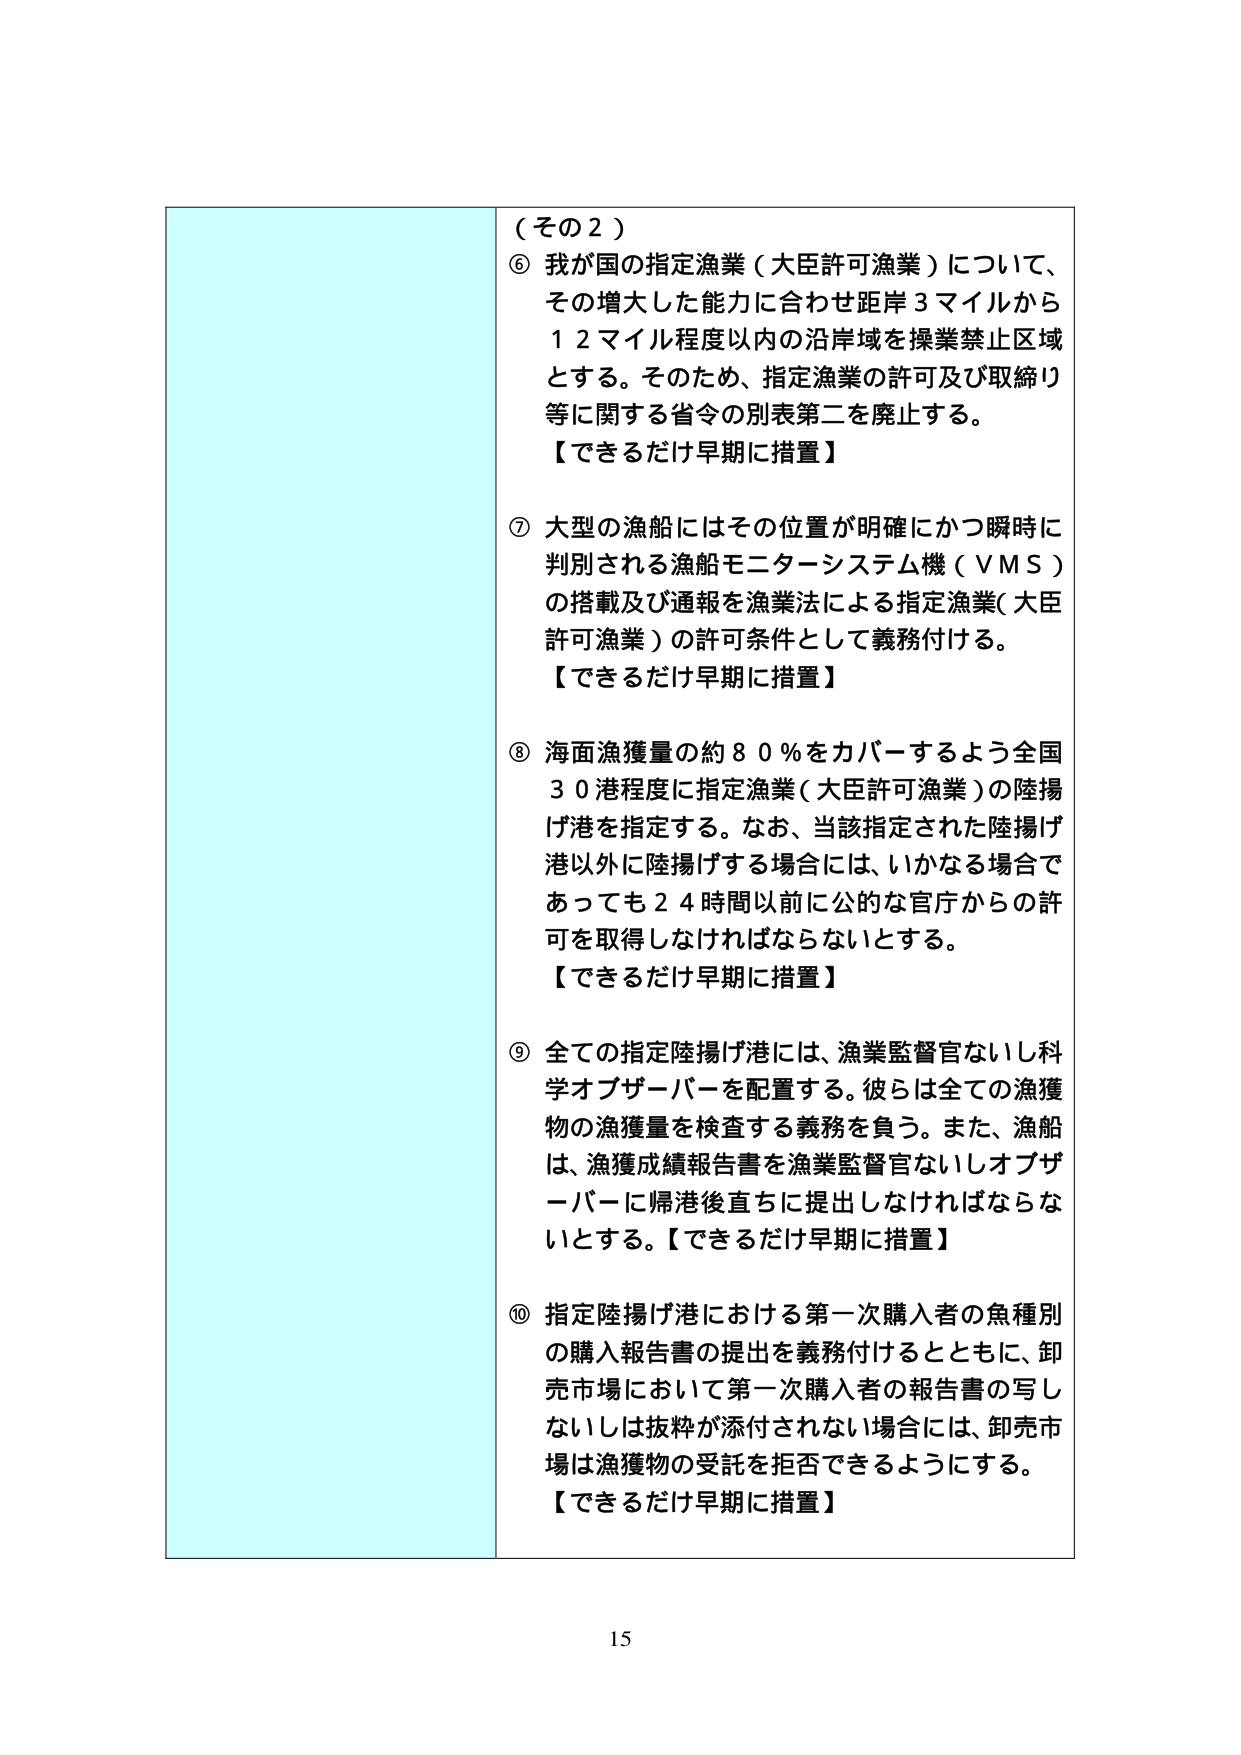
（その２）

⑥ 我が国の指定漁業（大臣許可漁業）について、その増大した能力に合わせ距岸３マイルから１２マイル程度以内の沿岸域を操業禁止区域とする。そのため、指定漁業の許可及び取締り等に関する省令の別表第二を廃止する。
【できるだけ早期に措置】

⑦ 大型の漁船にはその位置が明確にかつ瞬時に判別される漁船モニターシステム機（ＶＭＳ）の搭載及び通報を漁業法による指定漁業（大臣許可漁業）の許可条件として義務付ける。
【できるだけ早期に措置】

⑧ 海面漁獲量の約８０％をカバーするよう全国３０港程度に指定漁業（大臣許可漁業）の陸揚げ港を指定する。なお、当該指定された陸揚げ港以外に陸揚げする場合には、いかなる場合であっても２４時間以前に公的な官庁からの許可を取得しなければならないとする。
【できるだけ早期に措置】

⑨ 全ての指定陸揚げ港には、漁業監督官ないし科学オブザーバーを配置する。彼らは全ての漁獲物の漁獲量を検査する義務を負う。また、漁船は、漁獲成績報告書を漁業監督官ないしオブザーバーに帰港後直ちに提出しなければならないとする。【できるだけ早期に措置】

⑩ 指定陸揚げ港における第一次購入者の魚種別の購入報告書の提出を義務付けるとともに、卸売市場において第一次購入者の報告書の写しないしは抜粋が添付されない場合には、卸売市場は漁獲物の受託を拒否できるようにする。
【できるだけ早期に措置】

15